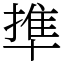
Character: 㔼